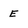
Character: E